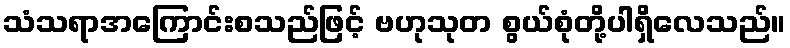
သံသရာအကြောင်းစသည်ဖြင့် ဗဟုသုတ စွယ်စုံတို့ပါရှိလေသည်။